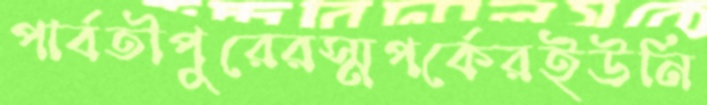
পার্বতীপুরেরস্মপর্কেরইউনি